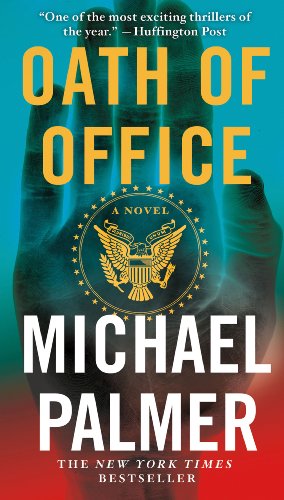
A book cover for Oath of Office; Michael Palmer; Mystery, Thriller & Suspense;